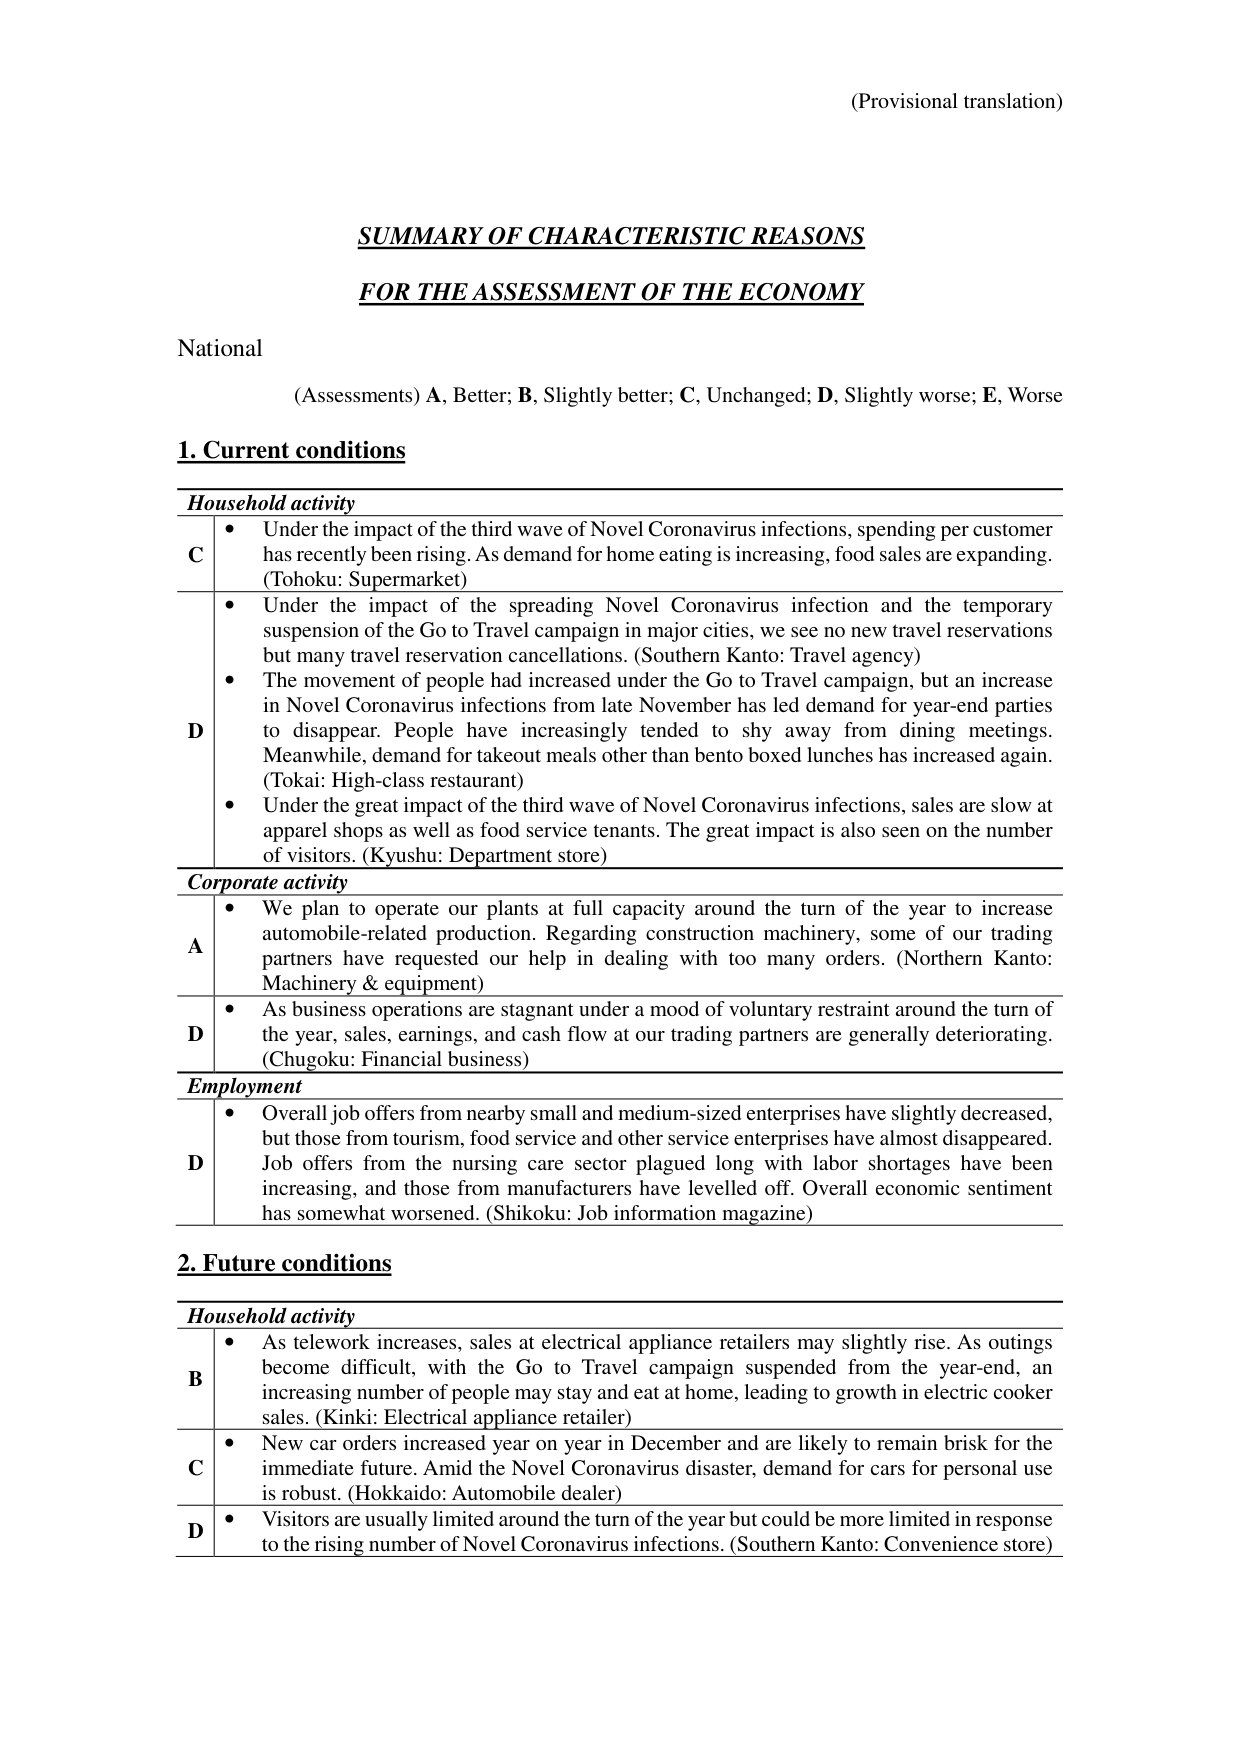
(Provisional translation)

SUMMARY OF CHARACTERISTIC REASONS
FOR THE ASSESSMENT OF THE ECONOMY

National
(Assessments) A, Better; B, Slightly better; C, Unchanged; D, Slightly worse; E, Worse

1. Current conditions

Household activity
C • Under the impact of the third wave of Novel Coronavirus infections, spending per customer has recently been rising. As demand for home eating is increasing, food sales are expanding. (Tohoku: Supermarket)
D • Under the impact of the spreading Novel Coronavirus infection and the temporary suspension of the Go to Travel campaign in major cities, we see no new travel reservations but many travel reservation cancellations. (Southern Kanto: Travel agency)
• The movement of people had increased under the Go to Travel campaign, but an increase in Novel Coronavirus infections from late November has led demand for year-end parties to disappear. People have increasingly tended to shy away from dining meetings. Meanwhile, demand for takeout meals other than bento boxed lunches has increased again. (Tokai: High-class restaurant)
• Under the great impact of the third wave of Novel Coronavirus infections, sales are slow at apparel shops as well as food service tenants. The great impact is also seen on the number of visitors. (Kyushu: Department store)

Corporate activity
A • We plan to operate our plants at full capacity around the turn of the year to increase automobile-related production. Regarding construction machinery, some of our trading partners have requested our help in dealing with too many orders. (Northern Kanto: Machinery & equipment)
D • As business operations are stagnant under a mood of voluntary restraint around the turn of the year, sales, earnings, and cash flow at our trading partners are generally deteriorating. (Chugoku: Financial business)

Employment
D • Overall job offers from nearby small and medium-sized enterprises have slightly decreased, but those from tourism, food service and other service enterprises have almost disappeared. Job offers from the nursing care sector plagued long with labor shortages have been increasing, and those from manufacturers have levelled off. Overall economic sentiment has somewhat worsened. (Shikoku: Job information magazine)

2. Future conditions

Household activity
B • As telework increases, sales at electrical appliance retailers may slightly rise. As outings become difficult, with the Go to Travel campaign suspended from the year-end, an increasing number of people may stay and eat at home, leading to growth in electric cooker sales. (Kinki: Electrical appliance retailer)
C • New car orders increased year on year in December and are likely to remain brisk for the immediate future. Amid the Novel Coronavirus disaster, demand for cars for personal use is robust. (Hokkaido: Automobile dealer)
D • Visitors are usually limited around the turn of the year but could be more limited in response to the rising number of Novel Coronavirus infections. (Southern Kanto: Convenience store)